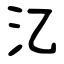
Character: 㲸